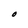
Character: O